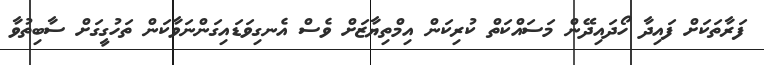
ފަރާތަކަށް ފައިދާ ހޯދައިދޭން މަސައްކަތް ކުރިކަން އިމްތިޔާޒަށް ވެސް އެނގިވަޑައިގަންނަވާކަން ތަހުގީގަށް ސާބިތުވާ